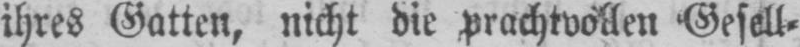
ihres Gatten, nicht die prachtvollen Gesell⸗